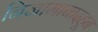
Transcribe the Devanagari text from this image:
निजामाबादहून